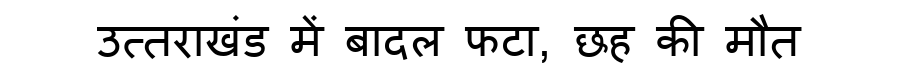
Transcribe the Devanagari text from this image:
उत्तराखंड में बादल फटा, छह की मौत